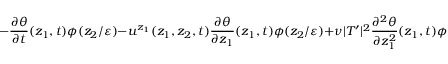
- \frac { \partial \theta } { \partial t } ( z _ { 1 } , t ) \phi ( z _ { 2 } / \varepsilon ) - u ^ { z _ { 1 } } ( z _ { 1 } , z _ { 2 } , t ) \frac { \partial \theta } { \partial z _ { 1 } } ( z _ { 1 } , t ) \phi ( z _ { 2 } / \varepsilon ) + \nu | T ^ { \prime } | ^ { 2 } \frac { \partial ^ { 2 } \theta } { \partial z _ { 1 } ^ { 2 } } ( z _ { 1 } , t ) \phi ( z _ { 2 } / \varepsilon ) ,